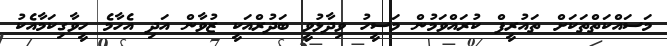
މަސައްކަތްތަކަށް ތައުރީފް ކުރައްވަމުން މަސީހު ވިދާޅުވީ ބަދުރްއަކީ ޒުވާން އަދި އެހާމެ ހީވާގިކަމާއެކު